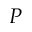
P